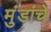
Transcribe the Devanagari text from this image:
मुंडांचे